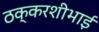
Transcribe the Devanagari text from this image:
ठक्करशीभाई